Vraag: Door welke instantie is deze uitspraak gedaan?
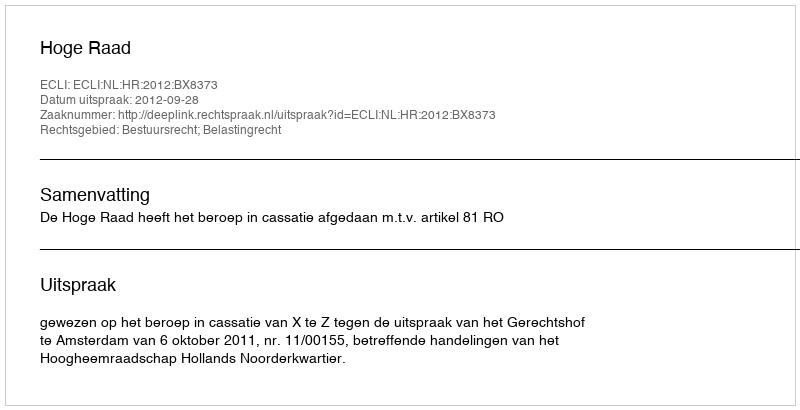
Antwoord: Hoge Raad